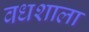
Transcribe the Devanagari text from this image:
वधशाला